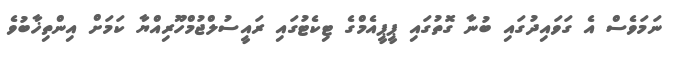
ނަމަވެސް އެ ގަވައިދުގައި ބުނާ ގޮތުގައި ޕީޕީއެމްގެ ޓިކެޓުގައި ރައީސުލްޖުމްހޫރިއްޔާ ކަމަށް އިންތިޚާބުވެ